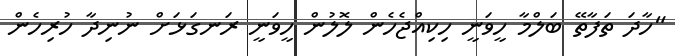
"ހާދަ ތަފާތޭ ބަލްމާ ހީވަނީ ހިކިއްޖެހެން ލޮލުން ހީވަނީ ރަނގަޅަށް ނުނިދާ ހުރިހެން